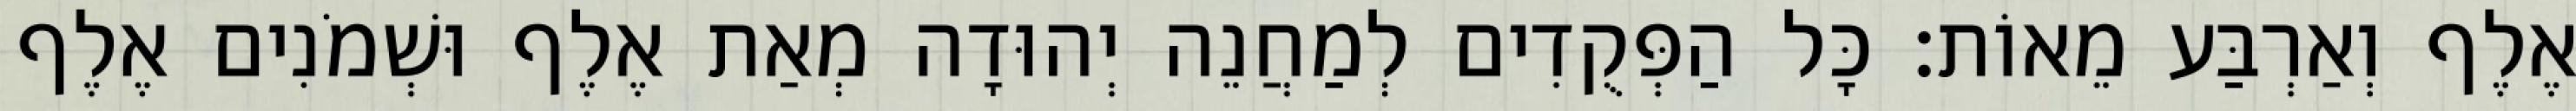
אֶלֶף וְאַרְבַּע מֵאוֹת׃ כָּל הַפְּקֻדִים לְמַחֲנֵה יְהוּדָה מְאַת אֶלֶף וּשְׁמֹנִים אֶלֶף